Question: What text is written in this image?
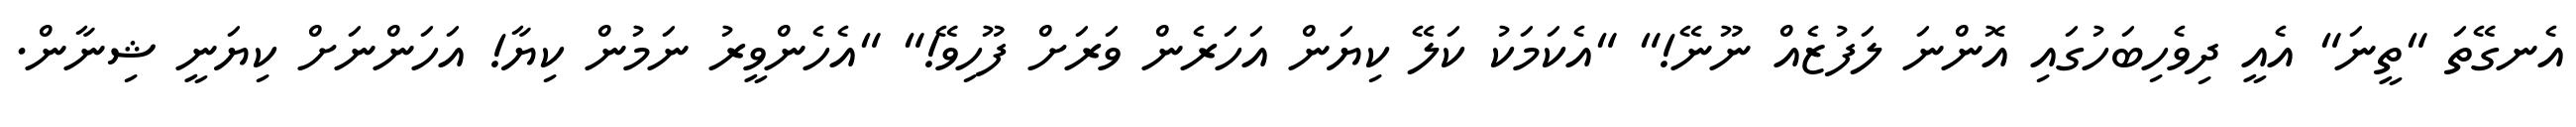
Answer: އެނގޭތަ "ތީނަ" އެއީ ދިވެހިބަހުގައި އޮންނަ ލަފުޒެއް ނޫނޭ!" "އެކަމަކު ކަލޭ ކިޔަން އަހަރެން ވަރަށް ފޫހިވޭ!" "އެހެންވީރު ނަމުން ކިޔާ! އަހަންނަށް ކިޔަނީ ޝިނާން.